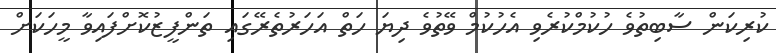
ކުރިކަން ސާބިތުވެ ހުކުމްކުރެވި އެހުކުމް ވޭތުވެ ދިޔަ ހަތް އަހަރުތެރޭގައި ތަންފީޒުކޮށްފައިވާ މީހަކަށް